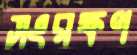
সংরক্ষণ